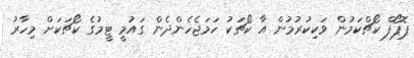
ޕޮޕޯފް ކޯޗްކަމުން ވަކިކުރުމުން އާ ކޯޗަކު ހަމަޖެހެންދެން ގައުމީ ޓީމުގެ ކޯޗަކަށް މިހާރު